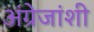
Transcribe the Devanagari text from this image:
अंग्रेजांशी